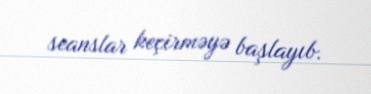
seanslar keçirməyə başlayıb.